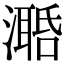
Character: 𣿛